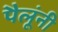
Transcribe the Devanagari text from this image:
पैलूंनी